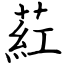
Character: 葒